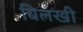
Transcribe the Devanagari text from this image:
बिलखी